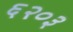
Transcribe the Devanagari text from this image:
६२०३